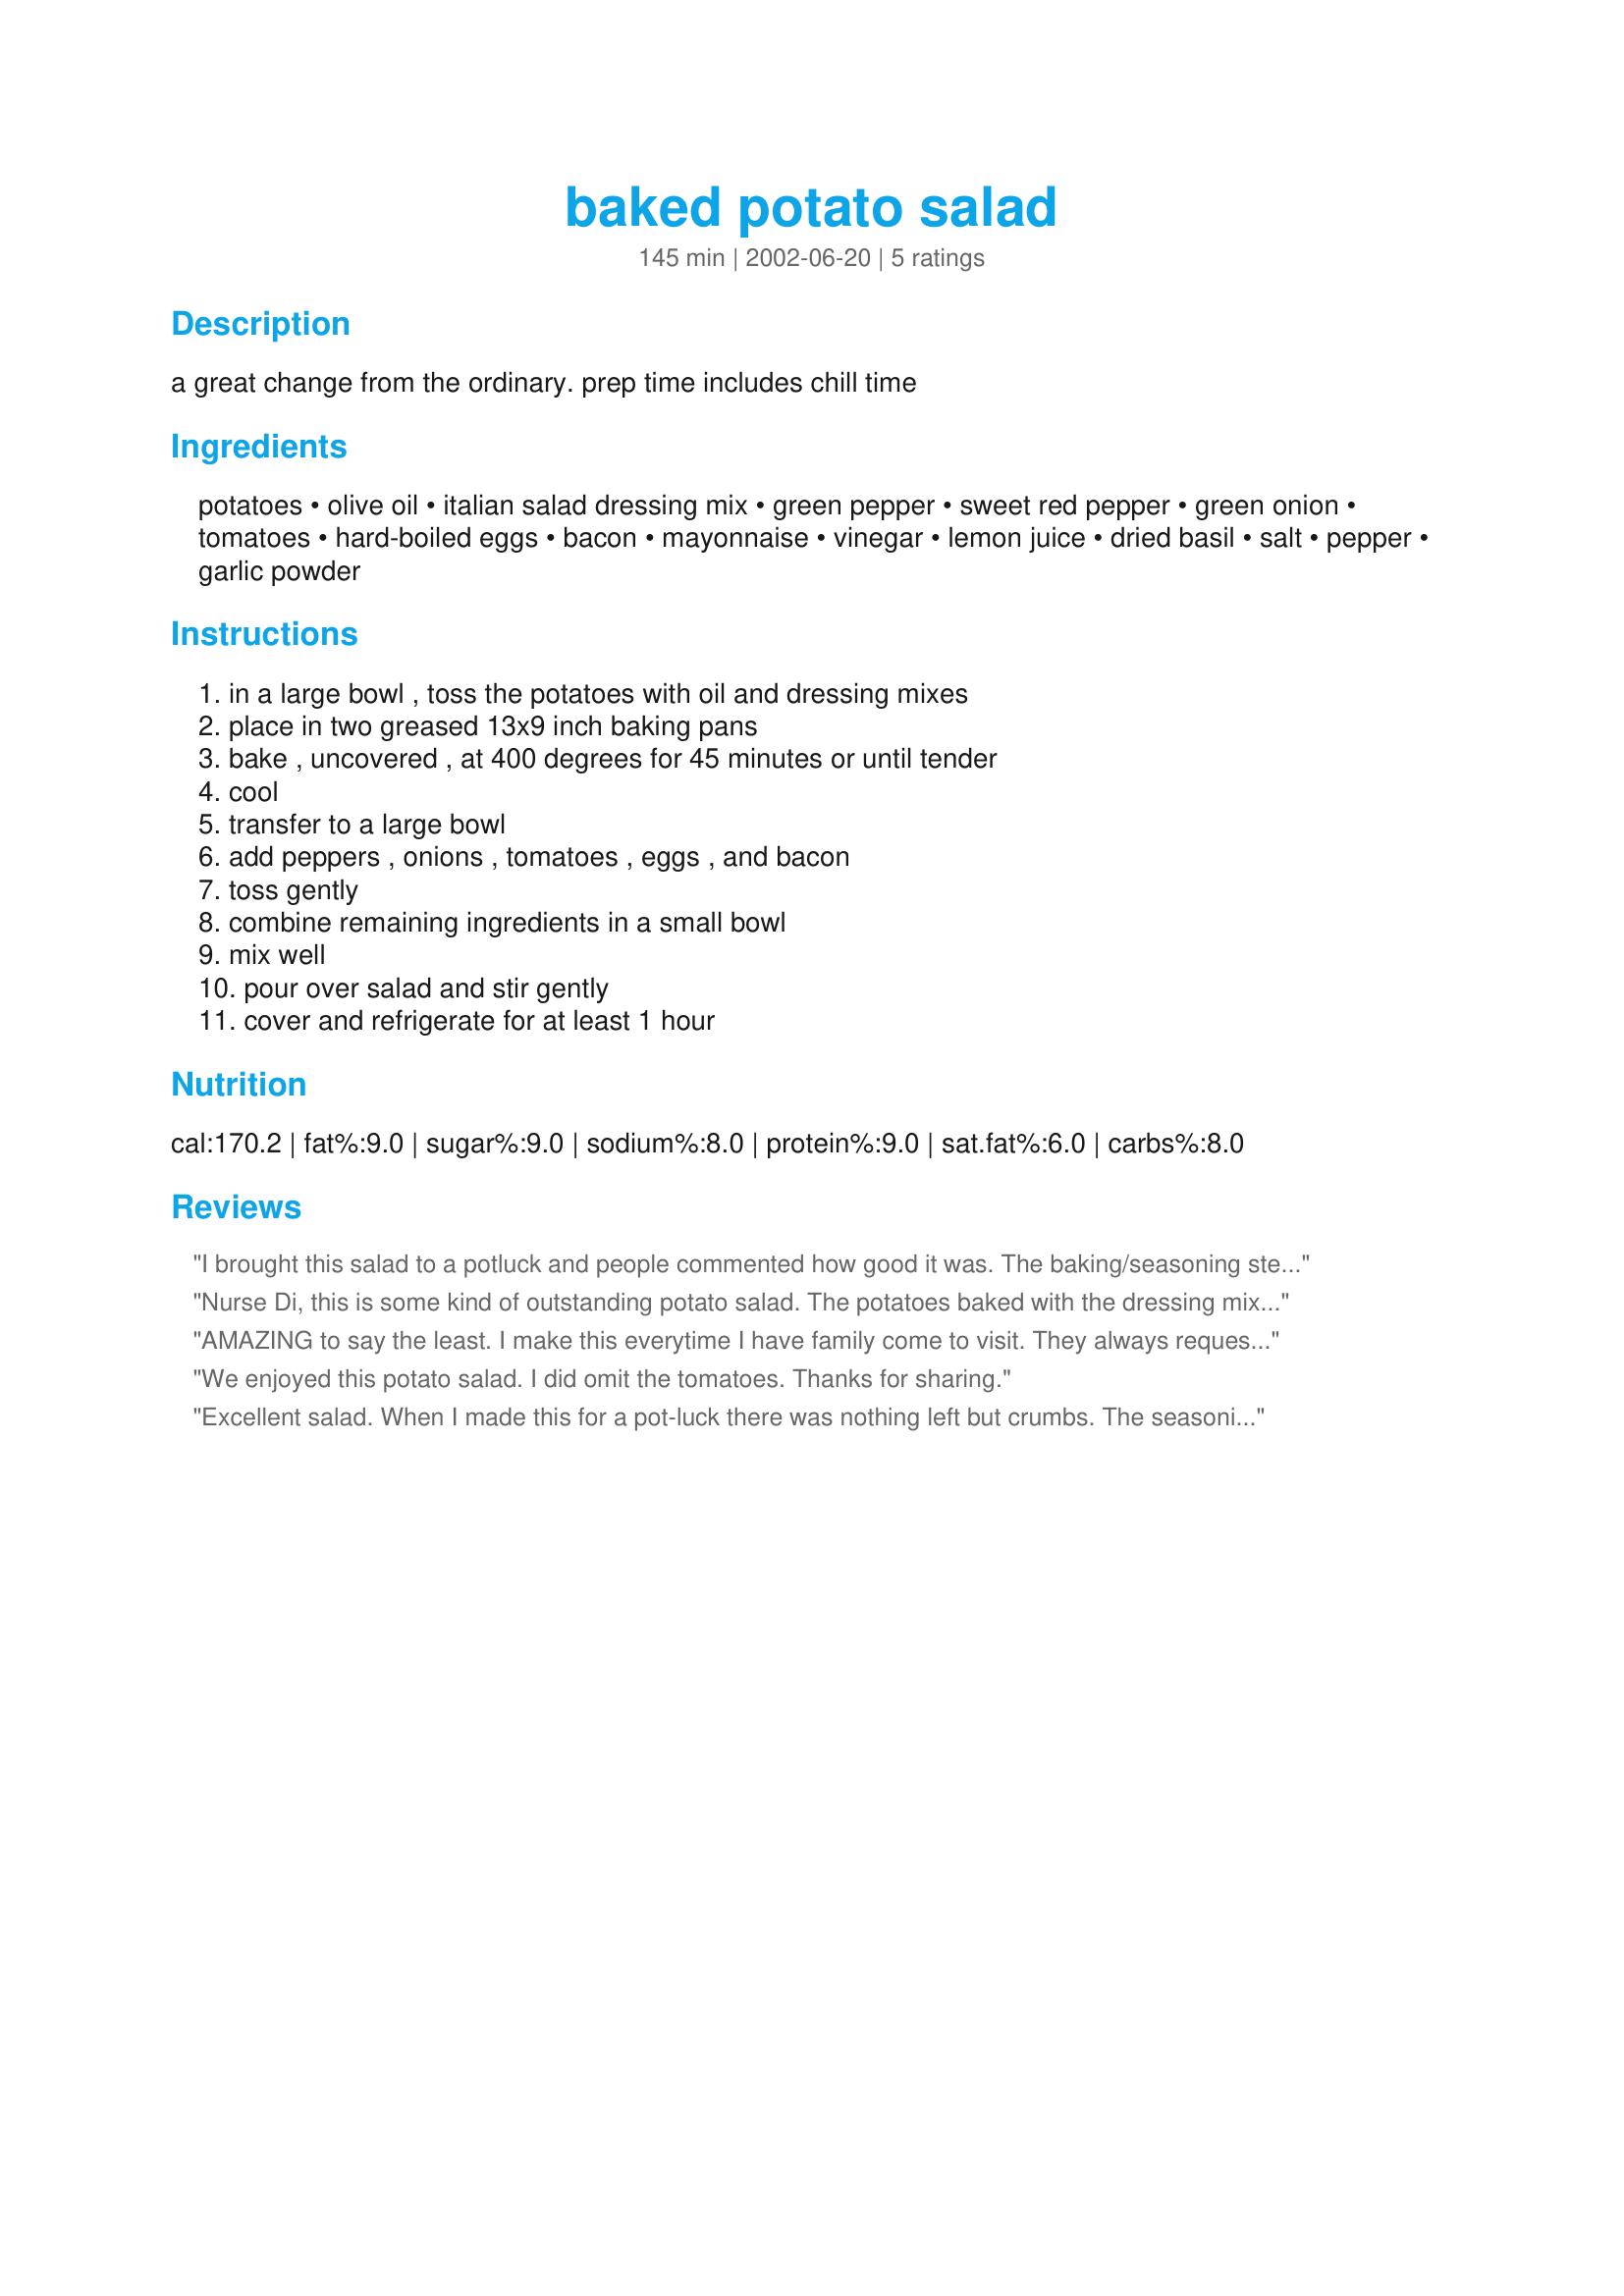
baked potato salad
Preparation time: 145 minutes

a great change from the ordinary. prep time includes chill time

Ingredients:
potatoes, olive oil, italian salad dressing mix, green pepper, sweet red pepper, green onion, tomatoes, hard-boiled eggs, bacon, mayonnaise, vinegar, lemon juice, dried basil, salt, pepper, garlic powder

Steps:
in a large bowl , toss the potatoes with oil and dressing mixes, place in two greased 13x9 inch baking pans, bake , uncovered , at 400 degrees for 45 minutes or until tender, cool, transfer to a large bowl, add peppers , onions , tomatoes , eggs , and bacon, toss gently, combine remaining ingredients in a small bowl, mix well, pour over salad and stir gently, cover and refrigerate for at least 1 hour

Reviews:
I brought this salad to a potluck and people commented how good it was. The baking/seasoning step of the potatoes must be the key to this great salad. The baking gave the potatoes a firmer texture than that of a boiled potato so the potatoes didn't become mushy when I stirred in the dressing. I omitted the tomatoes and green bell pepper because I didn't have any on hand. I found that the flavor from the minced red bell pepper was enough so I don't think I'll add the green bell pepper to this salad when I make it again. Thanks for sharing this great recipe, NurseDi!
Nurse Di, this is some kind of outstanding potato salad. The potatoes baked with the dressing mix tasted very tangy and delicious. You add the crunchy remaining veggies and creamy dressing. WOW!! We stuffed ourselves on this stuff. I am making this again next week to take to a work pot-luck. Thanks :)
AMAZING to say the least. I make this everytime I have family come to visit. They always request it. This is the best potato salad I have ever had!
We enjoyed this potato salad. I did omit the tomatoes. Thanks for sharing.
Excellent salad. When I made this for a pot-luck there was nothing left but crumbs. The seasoning s go together well. Thanks so much for posting.
